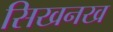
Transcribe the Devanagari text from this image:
सिखनख